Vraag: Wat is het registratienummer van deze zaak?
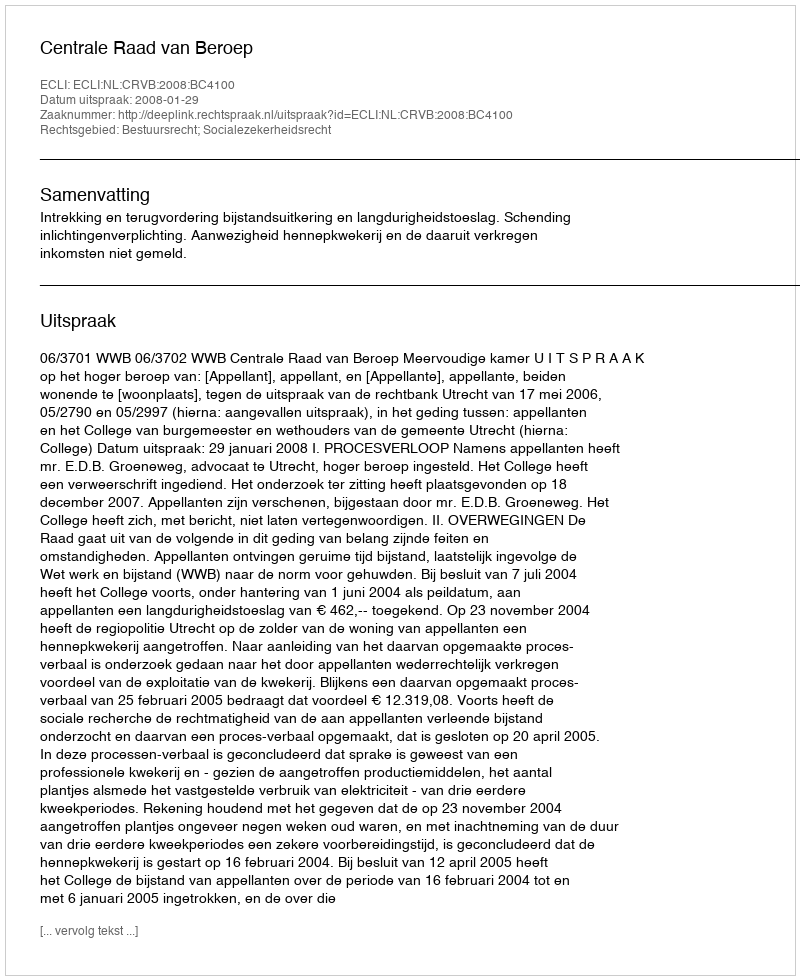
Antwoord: http://deeplink.rechtspraak.nl/uitspraak?id=ECLI:NL:CRVB:2008:BC4100